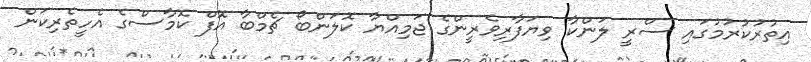
އިތުރުކުރުމުގައި ސްރީ ލަންކާ ވިޔަފާރިވެރީންގެ ޖަމިއްޔާ ކޮލަންބޯ ޗެމްބާ އޮފް ކޮމާސްގެ އެހީތެރިކަން